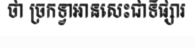
ថា ច្រកទ្វាអានសេះជាទីផ្សារ